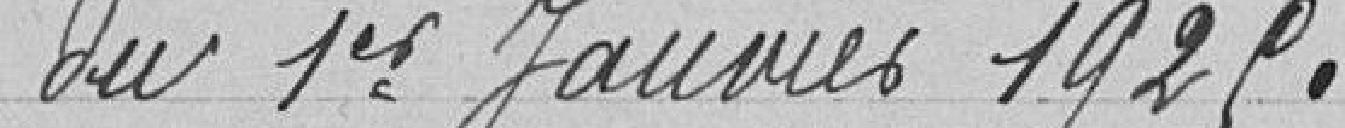
du 1er janvier 1925.